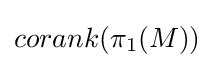
corank(\pi _{1}(M))